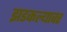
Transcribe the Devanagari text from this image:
झडकल्यावर